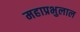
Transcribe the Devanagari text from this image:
महाप्रभुलाल